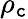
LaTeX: \rho_{\mathtt{c}}